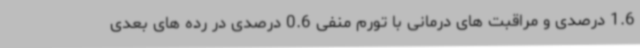
1.6 درصدی و مراقبت های درمانی با تورم منفی 0.6 درصدی در رده های بعدی